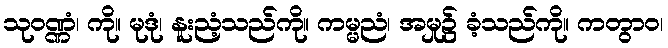
သုဝဏ္ဏံ၊ ကို။ မုဒုံ၊ နူးညံ့သည်ကို။ ကမ္မညံ၊ အမှု၌ ခံ့သည်ကို။ ကတွာဝ၊